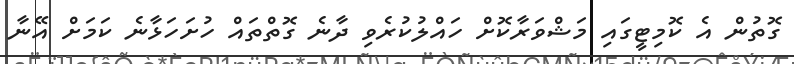
ގޮތުން އެ ކޮމިޓީގައި މަޝްވަރާކޮށް ހައްލުކުރެވި ދާނެ ގޮތްތައް ހުށަހަޅާނެ ކަމަށް އޭނާ